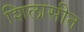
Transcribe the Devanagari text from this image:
शिलासीत